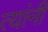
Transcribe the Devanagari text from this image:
त्‍यांंनी